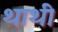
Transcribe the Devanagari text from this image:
थाथी